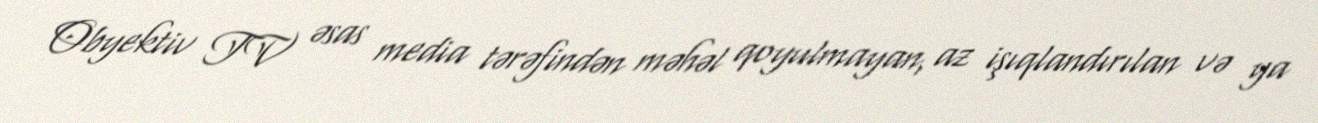
Obyektiv TV əsas media tərəfindən məhəl qoyulmayan, az işıqlandırılan və ya